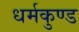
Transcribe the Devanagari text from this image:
धर्मकुण्ड